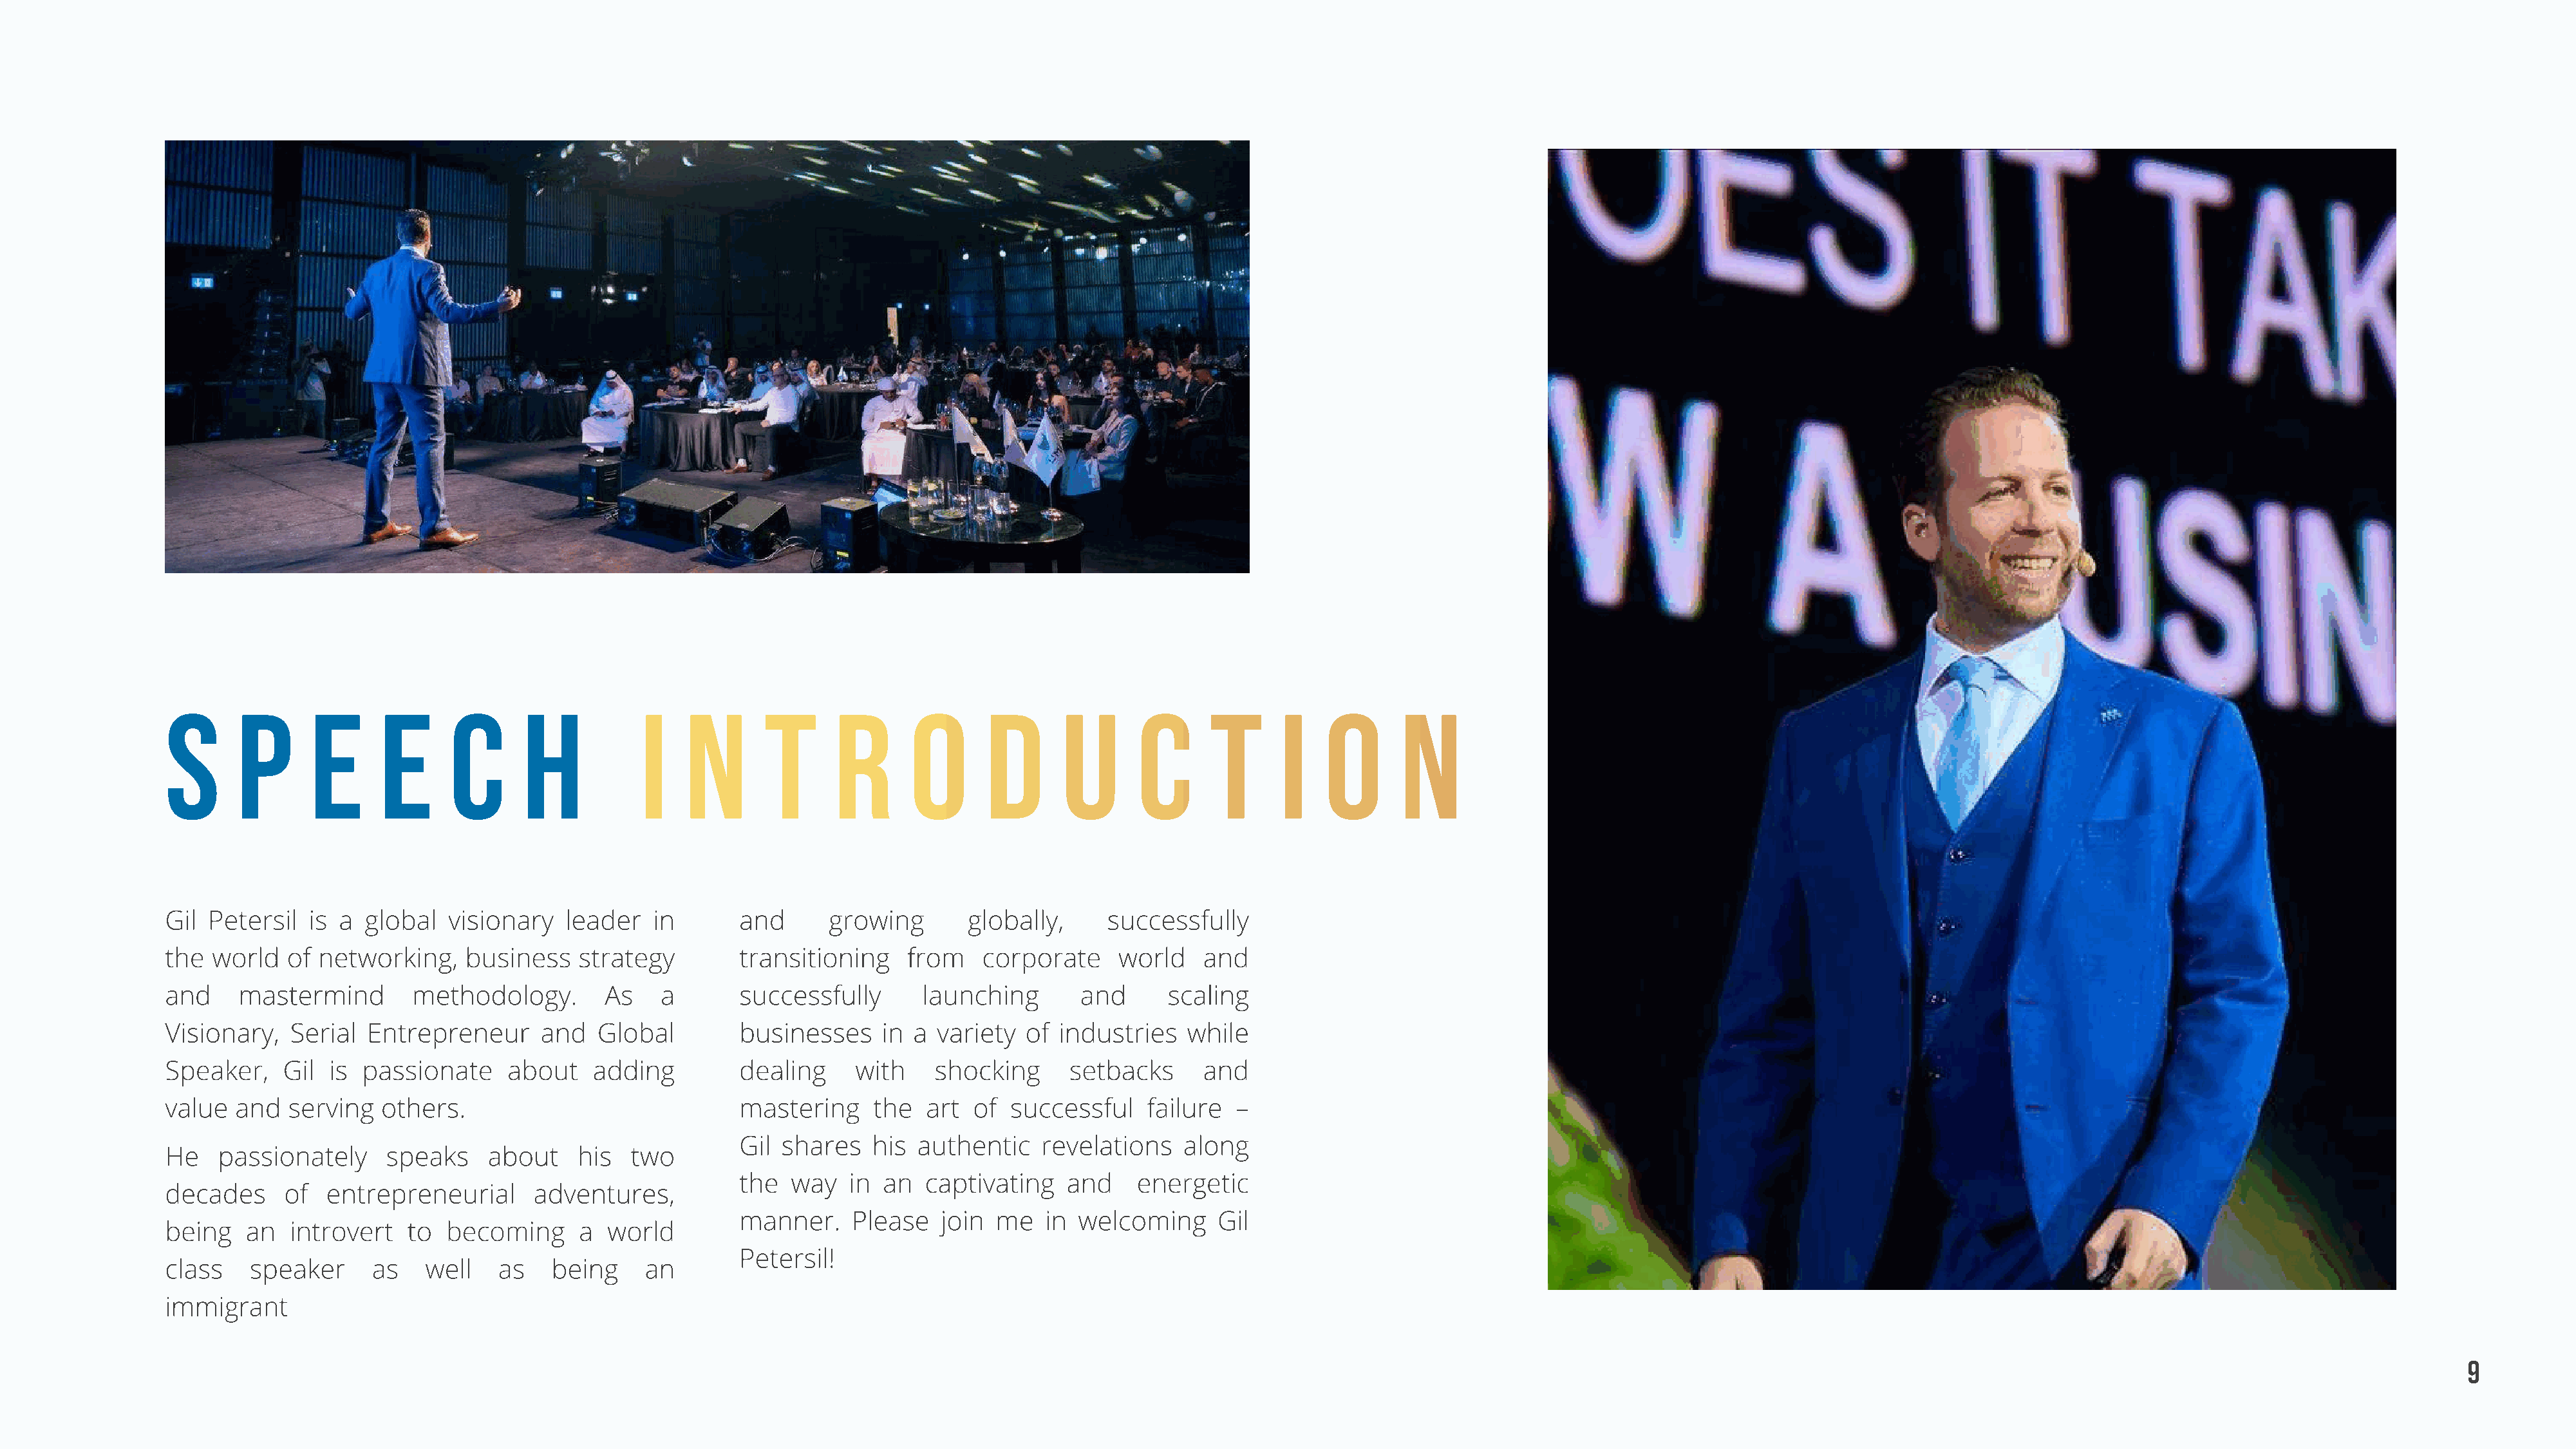
S      p       e      e      c       h           I   n        t      r      o       d       u       c      t       i   o       n
 Gil Petersil   is a global   visionary   leader   in       and      growing       globally,      successfully
 the  world  of  networking,    business   strategy         transitioning    from    corporate     world    and
 and     mastermind       methodology.        As    a       successfully       launching       and      scaling
 Visionary,   Serial  Entrepreneur      and  Global         businesses     in a variety  of  industries   while
 Speaker,    Gil  is passionate     about    adding         dealing     with    shocking      setbacks      and
 value  and   serving  others.
 mastering     the  art  of  successful    failure  –
 Gil shares    his authentic    revelations    along
 He   passionately      speaks    about    his   two
 the  way   in  an  captivating    and    energetic
 decades     of   entrepreneurial      adventures,
 manner.     Please   join me   in  welcoming     Gil
 being   an   introvert   to  becoming      a world
 Petersil!
 class    speaker     as    well   as    being    an
 immigrant
 9